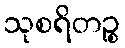
သုစရိတဉ္စ